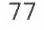
77